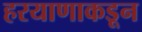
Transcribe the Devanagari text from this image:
हरयाणाकडून